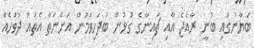
ބަޔާނުގައި ބުނީ ރާއްޖެ އާއި ޗައިނާގެ ގުޅުން ބަދަހިވަމުން އަންނަތާ އެތައް ދުވަހެއް